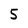
Character: 5